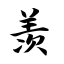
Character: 羡